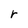
Character: r